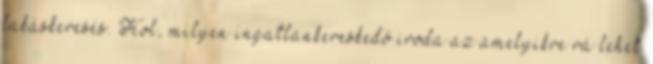
lakáskeresés. Hol, milyen ingatlankereskedő iroda az amelyikre rá lehet